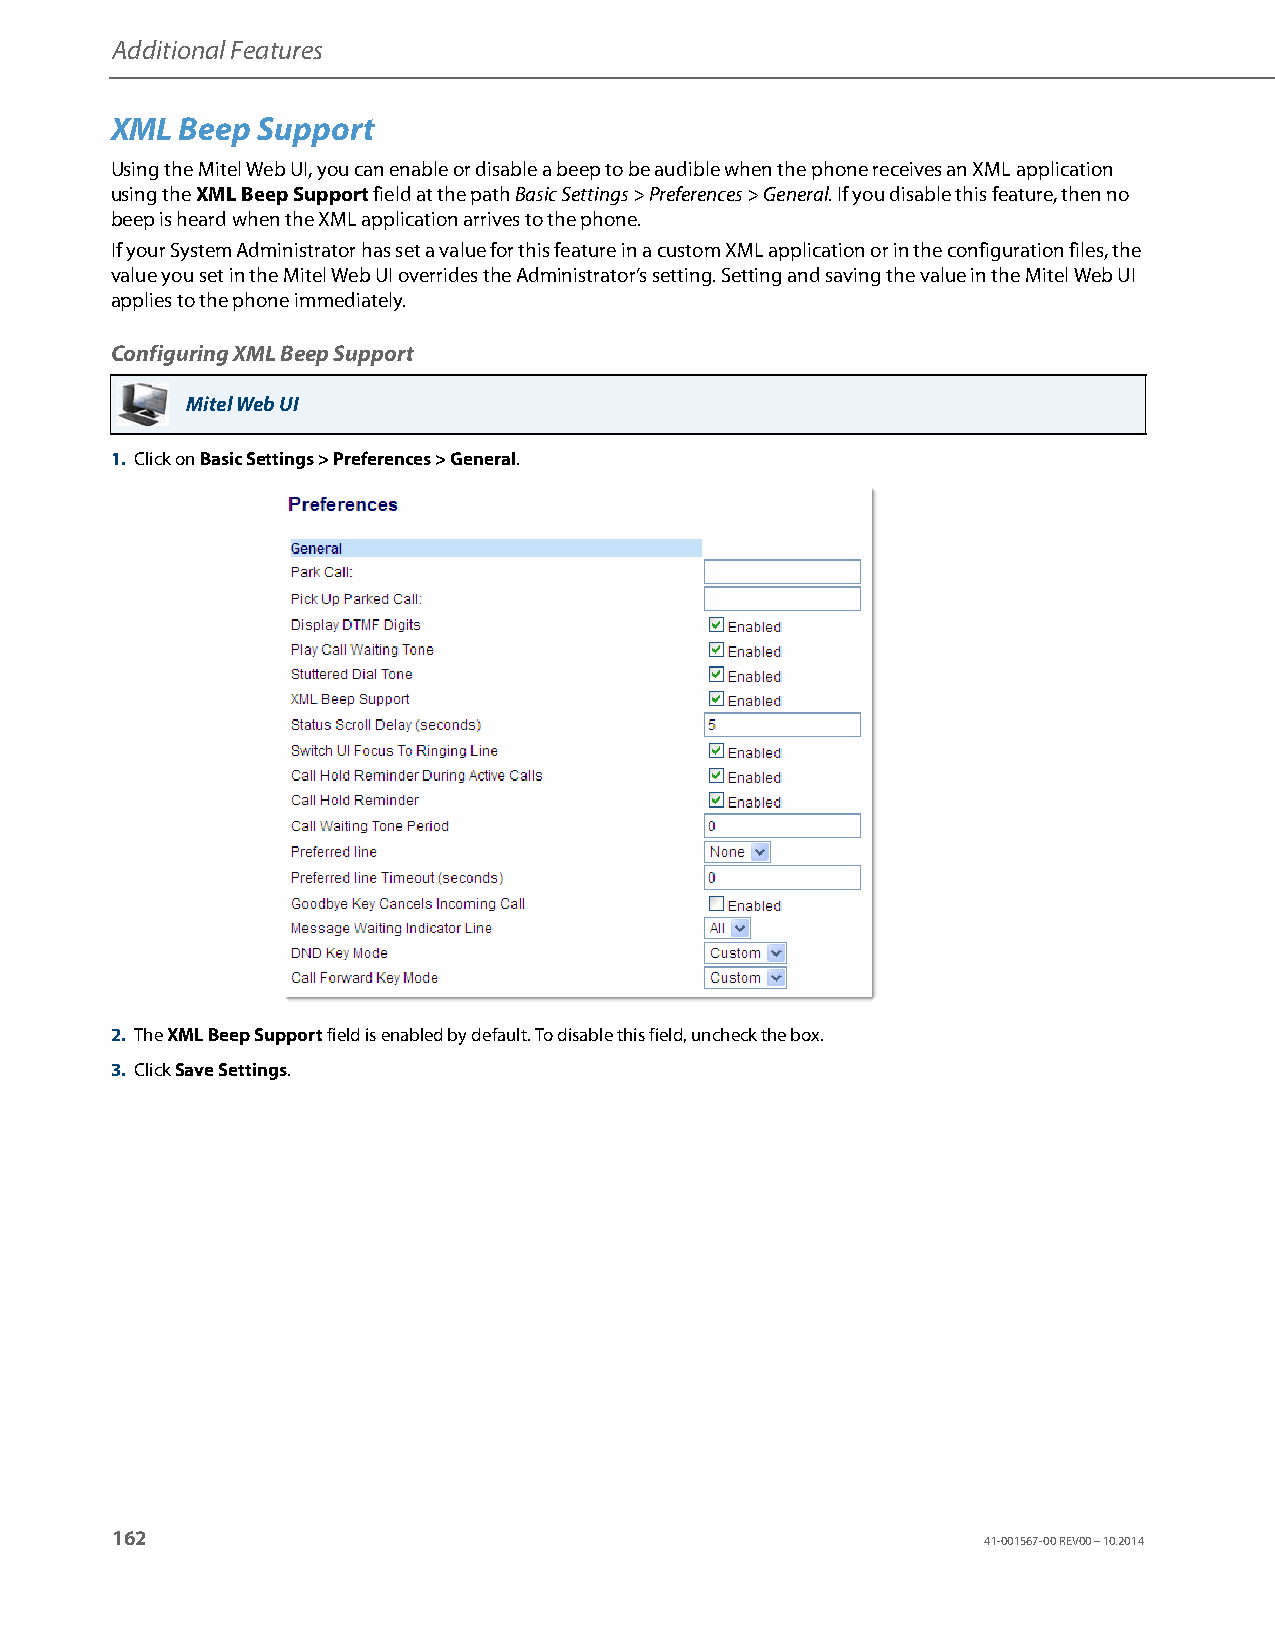
Additional Features
 XML  Beep Support
 Using the Mitel Web UI, you can enable or disable a beep to be audible when the phone receives an XML application
 using the XML Beep Support field at the path Basic Settings > Preferences > General. If you disable this feature, then no
 beep is heard when the XML application arrives to the phone.
 If your System Administrator has set a value for this feature in a custom XML application or in the configuration files, the
 value you set in the Mitel Web UI overrides the Administrator’s setting. Setting and saving the value in the Mitel Web UI
 applies to the phone immediately.
 Configuring XML Beep Support
 Mitel Web UI
 1. Click on Basic Settings > Preferences > General.
 2. The XML Beep Support field is enabled by default. To disable this field, uncheck the box.
 3. Click Save Settings.
 162
 41-001567-00 REV00 – 10.2014